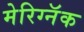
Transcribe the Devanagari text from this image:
मेरिग्नॅक